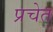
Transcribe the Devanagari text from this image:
प्रचेत